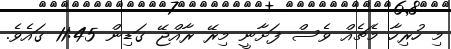
މި ހުރިހާ މެޗެއް ވެސް ފަށާނީ މިރޭ ރާއްޖޭ ގަޑިން 11:45 ގައެވެ.